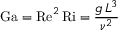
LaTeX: \mathrm { G a } = \mathrm { R e } ^ { 2 } \, \mathrm { R i } = { \frac { g \, L ^ { 3 } } { \nu ^ { 2 } } }